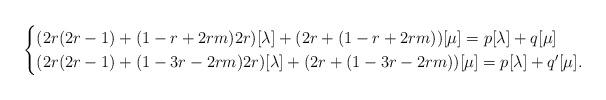
LaTeX: \begin{align*}\begin{cases}(2r(2r-1)+(1-r+2rm)2r)[\lambda]+ (2r+(1-r+2rm))[\mu] =p[\lambda]+q[\mu]\\(2r(2r-1)+(1-3r-2rm)2r)[\lambda] +(2r+(1-3r-2rm))[\mu]=p[\lambda]+q'[\mu]. \end{cases} \end{align*}